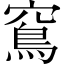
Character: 窵